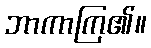
ဘာကာကြ၏။